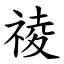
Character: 祾